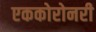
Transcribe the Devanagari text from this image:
एककोरोनरी